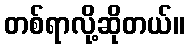
တစ်ရာလို့ဆိုတယ်။